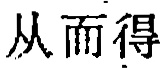
从而得